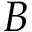
B